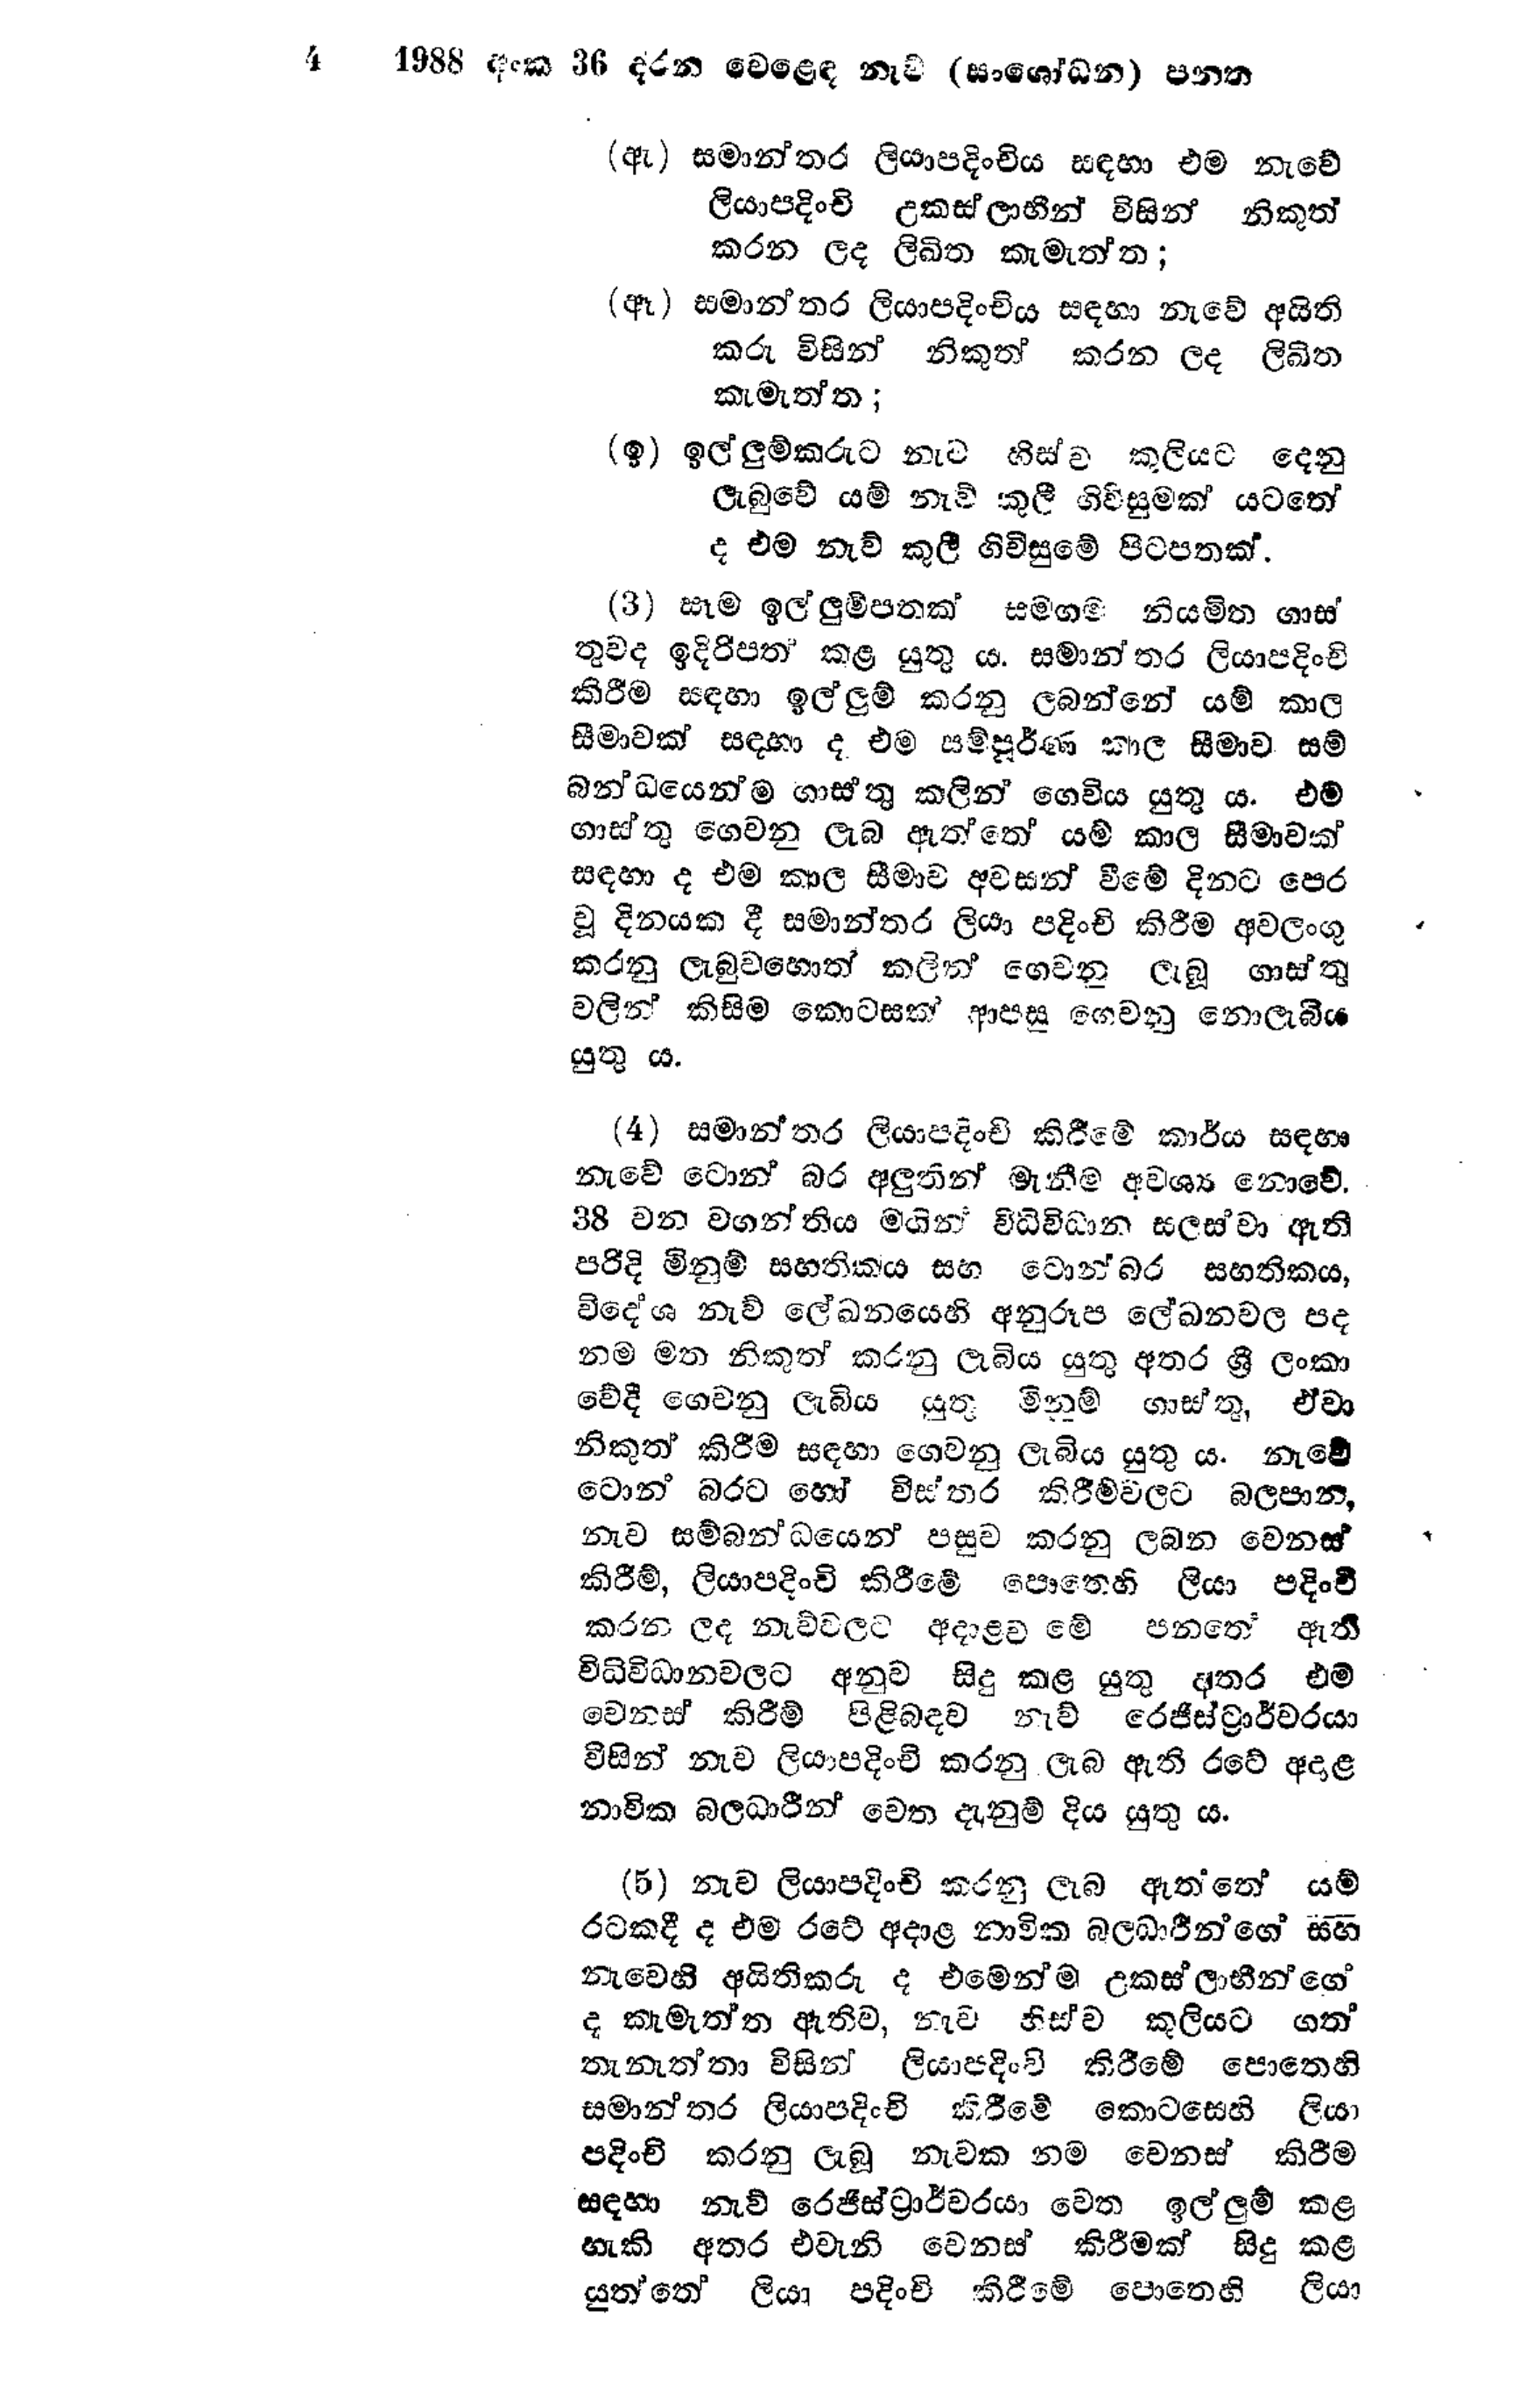
4 1988 අංක 36 දරන වෙළෙඳ නැව් (සංශෝධන) පනත

(ඇ) සමාන්තර ලියාපදිංචිය සඳහා එම නැවේ
ලියාපදිංචි උකස්ලාභීන් විසින් නිකුත්
කරන ලද ලිඛිත කැමැත්ත;

(ඈ) සමාන්තර ලියාපදිංචිය සඳහා නැවේ අයිති
කරු විසින් නිකුත් කරන ලද ලිඛිත
කැමැත්ත;

(ඉ) ඉල්ලුම්කරුට නැට හිස්ව කුලියට දෙනු
ලැබුවේ යම් නැව් කුලී ගිවිසුමක් යටතේ
ද එම නැව් කුලී ගිවිසුමේ පිටපතක්.

(3) සෑම ඉල්ලුම්පතක් සමගම නියමිත ගාස්
තුවද ඉදිරිපත් කළ යුතු ය. සමාන්තර ලියාපදිංචි
කිරීම සඳහා ඉල්ලුම් කරනු ලබන්නේ යම් කාල
සීමාවක් සඳහා ද එම සම්පූර්ණ කාල සීමාව සම්
බන්ධයෙන්ම ගාස්තු කලින් ගෙවිය යුතු ය.එම
ගාස්තු ගෙවනු ලැබ ඇත්තේ යම් කාල සීමාවක්
සඳහා ද එම කාල සීමාව අවසන් වීමේ දිනට පෙර
වූ දිනයක දී සමාන්තර ලියා පදිංචි කිරීම අවලංගු
කරනු ලැබුව හොත් කලින් ගෙවනු ලැබූ ගාස්තු
වලින් කිසිම කොටසක් ආපසු ගෙවනු නොලැබිය
යුතු ය.

(4) සමාන්තර ලියාපදිංචි කිරීමේ කාර්ය සඳහා
නැවේ ටොන් බර අලුතින් මැනීම අවශ්‍ය නොවේ.
38 වන වගන්තිය මගින් විධිවිධාන සලස්වා ඇති
පරිදි මිනුම් සහතිකය සහ ටොන්බර සහතිකය,
විදේශ නැව් ලේඛනයෙහි අනුරූප ලේඛනවල පද
නම මත නිකුත් කරනු ලැබිය යුතු අතර ශ්‍රී ලංකා
වේදී ගෙවනු ලැබිය යුතු මිනුම් ගාස්තු, ඒවා
නිකුත් කිරීම සඳහා ගෙවනු ලැබිය යුතු ය. නැවේ
ටොන් බරට හෝ විස්තර කිරීම්වලට බලපාන,
නැව සම්බන්ධයෙන් පසුව කරනු ලබන වෙනස්
කිරීම්, ලියාපදිංචි කිරීමේ පොතෙහි ලියා පදිංචි
කරන ලද නැව් වලට අදාළව මේ පනතේ ඇති
විධිවිධානවලට අනුව සිදු කළ යුතු අතර එම
වෙනස් කිරීම් පිළිබඳව නැව් රෙජිස්ට්‍රාර්වරයා
විසින් නැව ලියාපදිංචි කරනු ලැබ ඇති රටේ අදාළ
නාවික බලධාරීන් වෙත දැනුම් දිය යුතු ය.

(5) නැව ලියාපදිංචි කරනු ලැබ ඇතතේ යම්
රටකදී ද එම රටේ අදාළ නාමික බලධාරීන්ගේ සහ
නැවෙහි අයිතිකරුද එමෙන්ම උකස් ලාභීන්ගේ
ද කැමැත්ත ඇතිව, නැව හිස්ව කුලියට ගත්
තැනැත්තා විසින් ලියාපදිංචි කිරීමේ පොතෙහි
සමාන්තර ලියාපදිංචි කිරීමේ කොටසෙහි ලියා
පදිංචි කරනු ලැබූ නැවක නම වෙනස් කිරීම
සඳහා නැව් රෙජිස්ට්‍රාර්වරයා වෙත ඉල්ලුම් කළ
හැකි අතර එවැනි වෙනස් කිරීමක් සිදු කළ
යුත්තේ ලියා පදිංචි කිරීමේ පොතෙහි ලියා